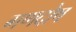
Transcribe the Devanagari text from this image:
गणदोष